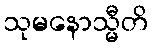
သုမနောသ္မီတိ